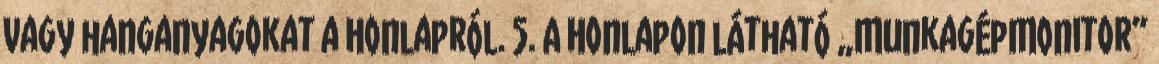
vagy hanganyagokat a Honlapról. 5. A Honlapon látható „MunkagépMonitor”